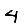
Digit: 4